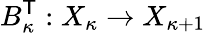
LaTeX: {B_{\kappa}^{\scriptstyle{\mathsf{T}}}}:X_{\kappa}\rightarrow X_{\kappa+1}